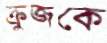
ক্রুজকে